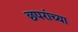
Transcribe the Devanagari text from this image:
छपरांच्या